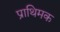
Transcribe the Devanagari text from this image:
प्राथिमक